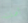
أهملت